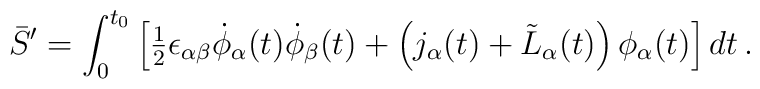
\bar{S}'=\int_0^{t_0}\left[{\textstyle{1\over 2}}\epsilon_{\alpha\beta}\dot{\phi}_{\alpha}(t)\dot{\phi}_{\beta}(t)+\left(j_{\alpha}(t)+\tilde{L}_{\alpha}(t)\right)\phi_{\alpha}(t)\right]dt\,.